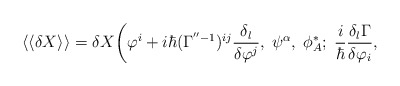
\begin{align*}\langle\langle\delta X\rangle\rangle =\delta X\bigg(\varphi^i+ i\hbar(\Gamma^{''-1})^{ij} \frac{\delta_l}{\delta\varphi^j},\;\psi^\alpha,\; \phi^*_A;\;\frac{i}{\hbar}\frac{\delta_l\Gamma}{\delta\varphi_i}, \rule{4cm}{0cm}\end{align*}